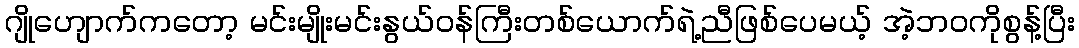
ဂျိုဟျောက်ကတော့ မင်းမျိုးမင်းနွယ်ဝန်ကြီးတစ်ယောက်ရဲ့ညီဖြစ်ပေမယ့် အဲ့ဘဝကိုစွန့်ပြီး